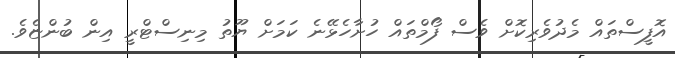
އޮފީސްތައް މެދުވެރިކޮށް ވެސް ފޯމްތައް ހުށާހެޅޭނެ ކަމަށް ޔޫތު މިނިސްޓްރީ އިން ބުންޏެވެ.